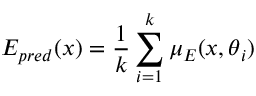
E _ { p r e d } ( \boldsymbol { x } ) = \frac { 1 } { k } \sum _ { i = 1 } ^ { k } \mu _ { E } ( \boldsymbol { x } , \boldsymbol { \theta } _ { i } )